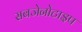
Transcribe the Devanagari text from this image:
सबजेनोटाइप